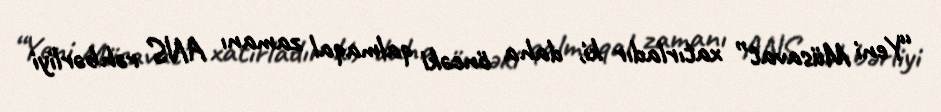
“Yeni Müsavat” xatırladır ki, daha öncəki qalmaqal zamanı ANS rəhbərliyi